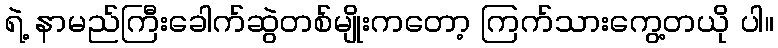
ရဲ့ နာမည်ကြီးခေါက်ဆွဲတစ်မျိုးကတော့ ကြက်သားကွေ့တယို ပါ။